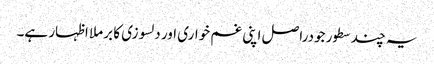
یہ چند سطور جودراصل اپنی غم خواری اور دلسوزی کا برملا اظہار ہے۔